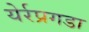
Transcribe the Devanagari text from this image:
येर्रप्रगडा